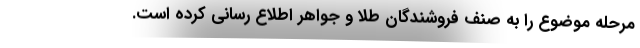
مرحله موضوع را به صنف فروشندگان طلا و جواهر اطلاع رسانی کرده است.